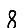
Digit: 8